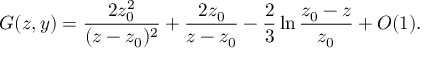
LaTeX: G ( z , y ) = \frac { 2 z _ { 0 } ^ { 2 } } { ( z - z _ { 0 } ) ^ { 2 } } + \frac { 2 z _ { 0 } } { z - z _ { 0 } } - \frac { 2 } { 3 } \ln \frac { z _ { 0 } - z } { z _ { 0 } } + O ( 1 ) .